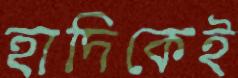
হাদিকেই